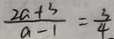
\frac { 2 a + 3 } { a - 1 } = \frac { 3 } { 4 }